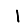
Digit: 1